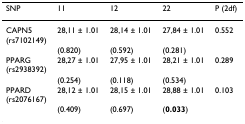
| SNP | 11 | 12 | 22 | P (2df) |
 | --- | --- | --- | --- | --- |
 | CAPN5 (rs7102149) | 28,11 ± 1.01 | 28,14 ± 1.01 | 27,84 ± 1.01 | 0.552 |
 |  | (0.820) | (0.592) | (0.281) |  |
 | PPARG (rs2938392) | 28,27 ± 1.01 | 27,95 ± 1.01 | 28,21 ± 1.01 | 0.289 |
 |  | (0.254) | (0.118) | (0.534) |  |
 | PPARD (rs2076167) | 28,12 ± 1.01 | 28,15 ± 1.01 | 28,88 ± 1.01 | 0.103 |
 |  | (0.409) | (0.697) | (0.033) |  |